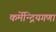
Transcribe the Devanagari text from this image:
कर्मेन्द्रियगणा